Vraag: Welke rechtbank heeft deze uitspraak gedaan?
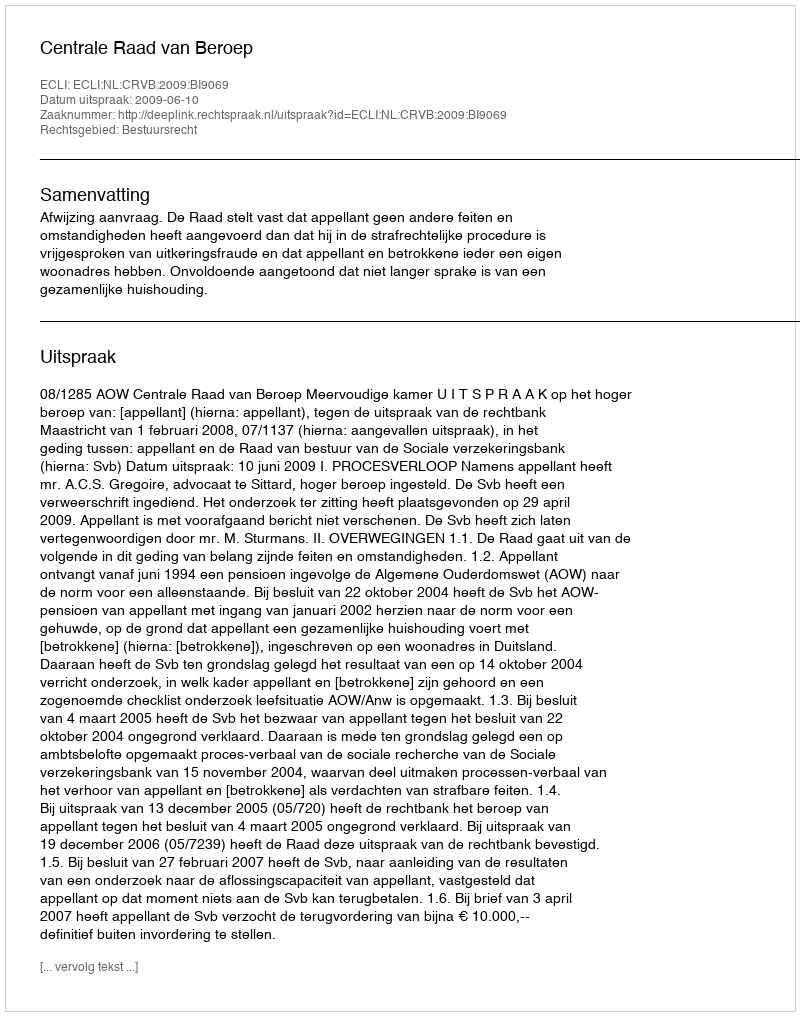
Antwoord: Centrale Raad van Beroep